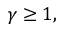
\gamma \geq 1 ,